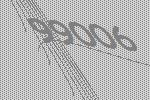
99006